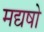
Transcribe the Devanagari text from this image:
मद्यषो